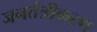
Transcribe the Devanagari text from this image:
जनतंत्रीकरण